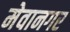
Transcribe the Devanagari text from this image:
मेवानगर